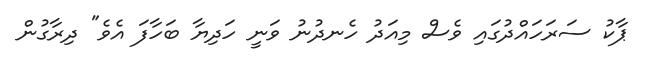
ޕާކު ސަރަހައްދުގައި ވެސް މިއަދު ހެނދުނު ވަނީ ހަދިޔާ ބަހާފަ އެވެ" ދިރާގުން